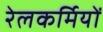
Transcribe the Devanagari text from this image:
रेलकर्मियों